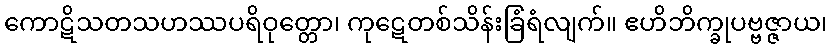
ကောဋိသတသဟဿပရိဝုတ္တော၊ ကုဋေတစ်သိန်းခြံရံလျက်။ ဧဟိဘိက္ခုပဗ္ဗဇ္ဇာယ၊